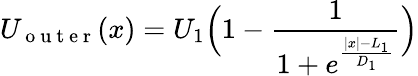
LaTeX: U_{\mathrm{~o~u~t~e~r~}}(x)=U_{1}\Big(1-\frac{1}{1+e^{\frac{|x|-L_{1}}{D_{1}}}}\Big)